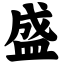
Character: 盛